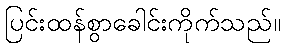
ပြင်းထန်စွာခေါင်းကိုက်သည်။